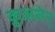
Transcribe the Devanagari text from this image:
क़ुअतेर्